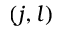
( j , l )